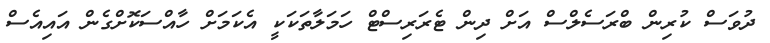
ދުވަސް ކުރިން ބްރަސެލްސް އަށް ދިން ޓެރަރިސްޓް ހަމަލާތަކަކީ އެކަމަށް ހާއްސަކޮށްގެން އައިއެސް